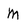
Character: M